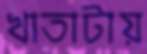
খাতাটায়